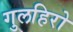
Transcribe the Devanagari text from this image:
गुलहिरो